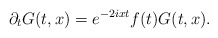
\begin{align*} \partial_t G (t, x) = e^{-2ixt}f(t) G(t,x).\end{align*}